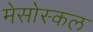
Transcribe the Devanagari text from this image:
मेसोस्कल